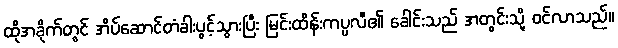
ထိုအခိုက်တွင် အိပ်ဆောင်တံခါးပွင့်သွားပြီး မြင်းထိန်းကပ္ပလီ၏ ခေါင်းသည် အတွင်းသို့ ဝင်လာသည်။